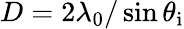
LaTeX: D=2\lambda_{0}/\sin{\theta_{\mathrm{i}}}